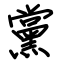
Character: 黨